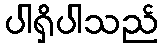
ပါရှိပါသည်